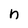
Character: n